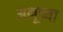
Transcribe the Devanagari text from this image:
अनूच्या